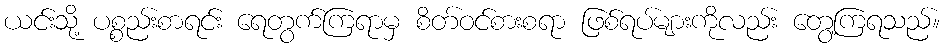
ယင်းသို့ ပစ္စည်းစာရင်း ရေတွက်ကြရာမှ စိတ်ဝင်စားစရာ ဖြစ်ရပ်များကိုလည်း တွေ့ကြရသည်။